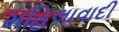
મહિલાવાદી